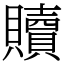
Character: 贖